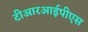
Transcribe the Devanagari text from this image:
टीआरआईपीएस